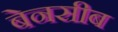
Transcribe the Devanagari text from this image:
बेनसीब